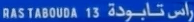
RASTABOU DA 13